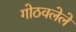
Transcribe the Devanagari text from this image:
गोठवलेले